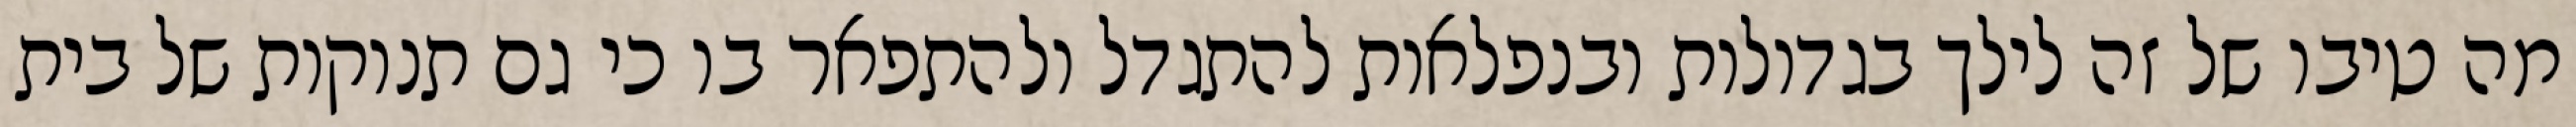
מה טיבו של זה לילך בגדולות ובנפלאות להתגדל ולהתפאר בו כי גם תנוקות של בית